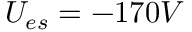
U _ { e s } = - 1 7 0 V